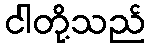
ငါတို့သည်